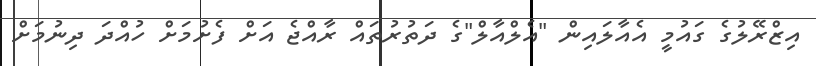
އިޒްރޭލުގެ ގައުމީ އެއާލައިން "އެލްއާލް"ގެ ދަތުރުތައް ރާއްޖެ އަށް ފެށުމަށް ހުއްދަ ދިނުމަށް